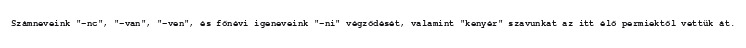
Számneveink "-nc", "-van", "-ven", és főnévi igeneveink "-ni" végződését, valamint "kenyér" szavunkat az itt élő permiektől vettük át.